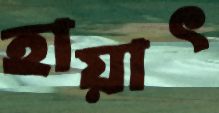
হায়াৎ